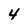
Character: 4